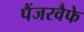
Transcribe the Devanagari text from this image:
पैंजरवैफे